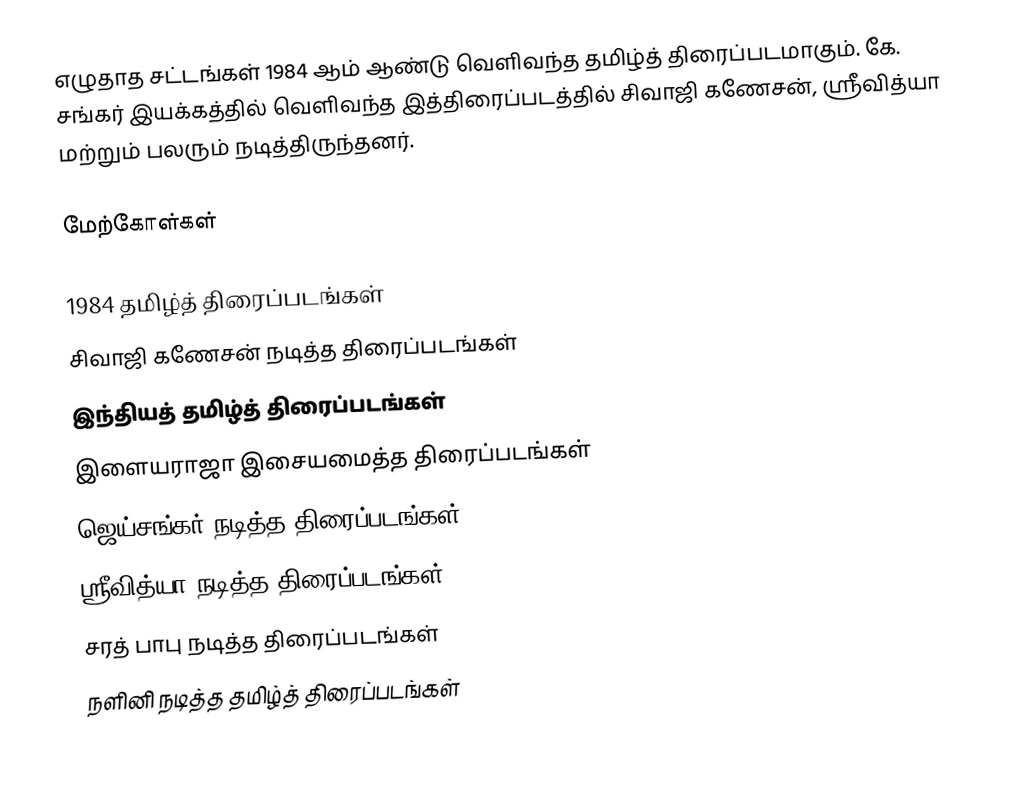
எழுதாத சட்டங்கள் 1984 ஆம் ஆண்டு வெளிவந்த தமிழ்த் திரைப்படமாகும். கே. சங்கர் இயக்கத்தில் வெளிவந்த இத்திரைப்படத்தில் சிவாஜி கணேசன், ஸ்ரீவித்யா மற்றும் பலரும் நடித்திருந்தனர்.

மேற்கோள்கள்

1984 தமிழ்த் திரைப்படங்கள்
சிவாஜி கணேசன் நடித்த திரைப்படங்கள்
இந்தியத் தமிழ்த் திரைப்படங்கள்
இளையராஜா இசையமைத்த திரைப்படங்கள்
ஜெய்சங்கர் நடித்த திரைப்படங்கள்
ஸ்ரீவித்யா நடித்த திரைப்படங்கள்
சரத் பாபு நடித்த திரைப்படங்கள்
நளினி நடித்த தமிழ்த் திரைப்படங்கள்